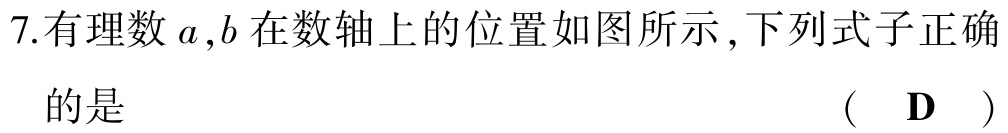
7.有理数\(a,b\)在数轴上的位置如图所示,下列式子正确的是  （  D  ）